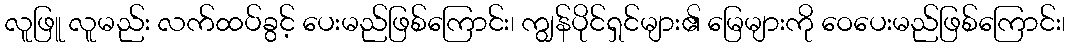
လူဖြူ လူမည်း လက်ထပ်ခွင့် ပေးမည်ဖြစ်ကြောင်း၊ ကျွန်ပိုင်ရှင်များ၏ မြေများကို ဝေပေးမည်ဖြစ်ကြောင်း၊